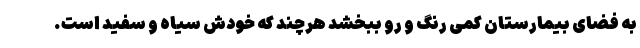
به فضای بیمارستان کمی رنگ و رو ببخشد هرچند که خودش سیاه و سفید است.